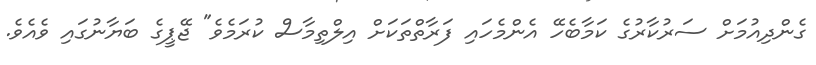
ގެންދިއުމަށް ސަރުކާރުގެ ކަމާބެހޭ އެންމެހައި ފަރާތްތަކަށް އިލްތިމާސް ކުރަމެވެ" ޖޭޕީގެ ބަޔާނުގައި ވެއެވެ.